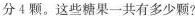
友分4颗。这些糖果一共有多少颗?